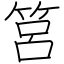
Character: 筥